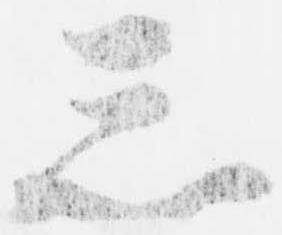
忩